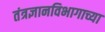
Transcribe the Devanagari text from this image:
तंत्रज्ञानविभागाच्या